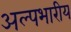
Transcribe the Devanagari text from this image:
अल्पभारीय